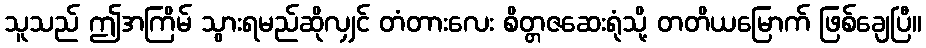
သူသည် ဤအကြိမ် သွားရမည်ဆိုလျှင် တံတားလေး စိတ္တဇဆေးရုံသို့ တတိယမြောက် ဖြစ်ချေပြီ။